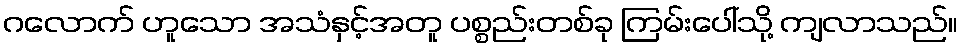
ဂလောက် ဟူသော အသံနှင့်အတူ ပစ္စည်းတစ်ခု ကြမ်းပေါ်သို့ ကျလာသည်။